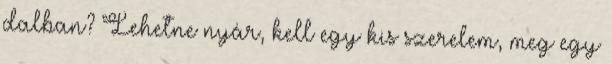
dalban? Lehetne nyár, kell egy kis szerelem, meg egy